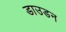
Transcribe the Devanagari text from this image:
डाउडन